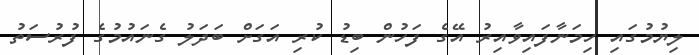
ލިޔުމުގައި ހިމަނާފައިވާއިރު އޭގެ ފަހުން ބިޑު ކުރި އަގަށް ބަދަލު ގެނައުމުގެ ފުރުސަތު